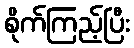
စိုက်ကြည့်ပြီး